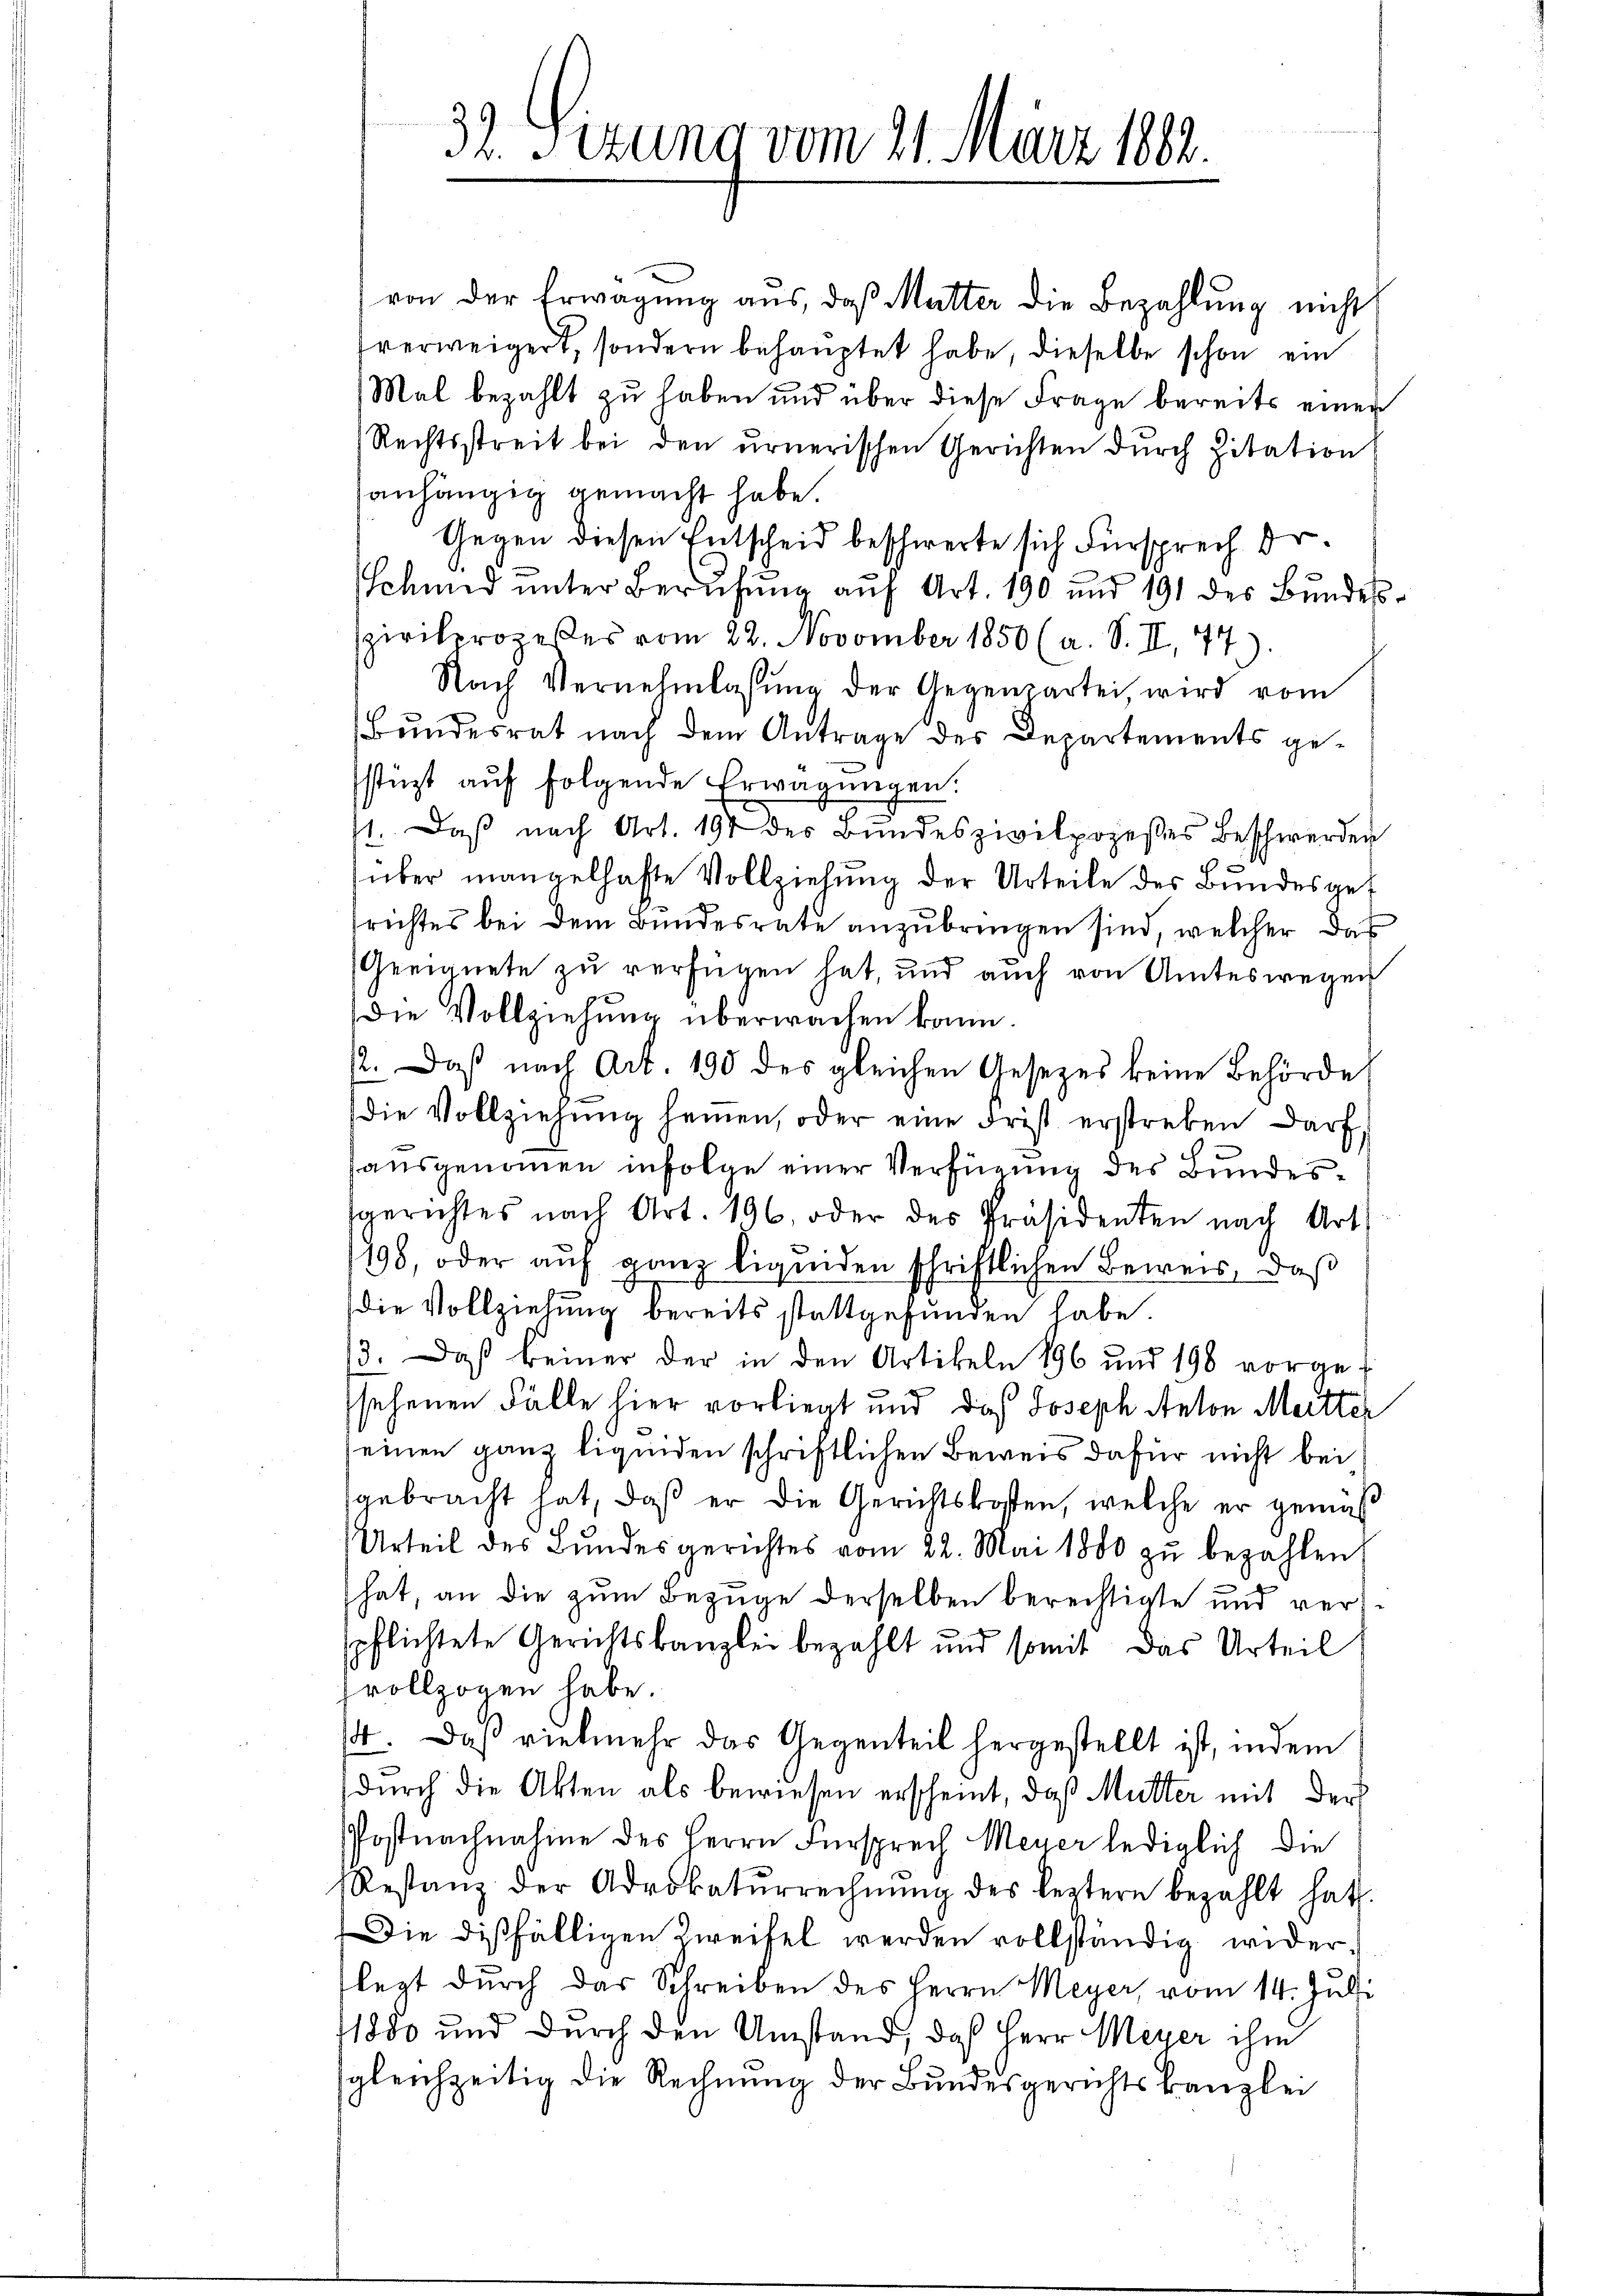
32. Sizung vom 21. März 1882.

von der Erwägung aus, daß Mutter die Bezahlung nicht
verweigert, sondern behauptet habe, dieselbe schon ein
Mal bezahlt zu haben und über diese Frage bereits einen
Rechtsstreit bei den urnerischen Gerichten durch Zitation
anhängig gemacht habe.
Gegen diesen Entscheid beschwerte sich Fürsprech Dr.
Schmid ŭnter Berŭfŭng aŭf Art. 190 und 191 des Bŭndes-
pivilprozeßes vom 22. November 1850 (a. S. II. 74)
Nach Vernehmlassŭng der Gegenpartei, wird vom
Bundesrat nach dem Antrage des Departements gestüzt auf folgende Erwägungen.
st. Daβ nach Art. 191 der Bŭndeszivilpozeßes Beschwerden
über mangelhafte Vollziehung der Urteile des Bundesgef
richtes bei dem Bundesrate anzubringen sind, welcher das
Geeignete zu verfügen hat, und auch von Amteswegen
die Vollziehung überwachen kann.
2. Daß nach Art. 190 des gleichen Gesetzes keine Behörde
die Vollziehŭng seinen, oder eine Frist erstreben darf,
ausgenommen infolge einer Verfügung des Bundessgerichtes nach Art. 196. oder des Präsidenten nach Art.
1198, oder auf ganz liquiden schriftlichen Beweis, daß
die Vollziehung bereits stattgefunden habe.
/3. Daß keiner der in den Artikeln 196 und 198 vorge-
sehenen Fälle hier vorliegt und daß Joseph Anton Meitter
seinen ganz liquiden schriftlichen Beweis dafür nicht bei
gebracht hat, daß er die Gerichtskosten, welche er gemäß
Urteil des Bŭndesgerichtes vom 22. Mai 1880 zŭ bezahlen
hat, an die zum Bezüge derselben berechtigte und verspflichtete Gerichtskanzlei bezahlt und somit das Urteil
hvollzogen habe.
4. Daß vielmehr das Gegenteil hergestellt ist, indem
durch die Akten als bewiesen erscheint, daß Mutter mit der
Postnachnahme des Herrn Fürsprech Meyer lediglich die
Restanz der Advokatŭrrechnŭng des leztere bezahlt hat.
Die disfälligen Zweifel werden vollständig widerlegt dŭrch das Schreiben des Herrn Meyer, vom 14. Juli
1880 und durch den Umstand, daß Herr Meyer ihm
sgleichzeitig die Rechnung der Bundesgerichtskanzlei